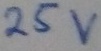
Text: 25v